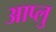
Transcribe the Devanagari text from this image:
आप्लु